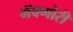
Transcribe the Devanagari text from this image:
मॅक्गोरी